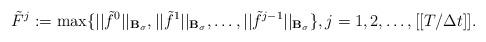
LaTeX: \begin{align*} \tilde{F}^{j}:=\max \{||\tilde{f}^{0}||_{\mathbf{B}_{\sigma }},||\tilde{f} ^{1}||_{\mathbf{B}_{\sigma }},\ldots ,||\tilde{f}^{j-1}||_{\mathbf{B}_{\sigma}}\}, j=1,2,\ldots,[[T/\Delta t]]. \end{align*}